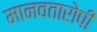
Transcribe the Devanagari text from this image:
मानवतारोपी